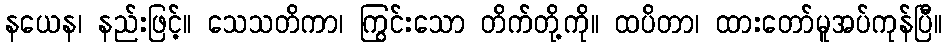
နယေန၊ နည်းဖြင့်။ သေသတိကာ၊ ကြွင်းသော တိက်တို့ကို။ ထပိတာ၊ ထားတော်မူအပ်ကုန်ပြီ။